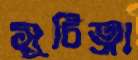
সূচিত্রা